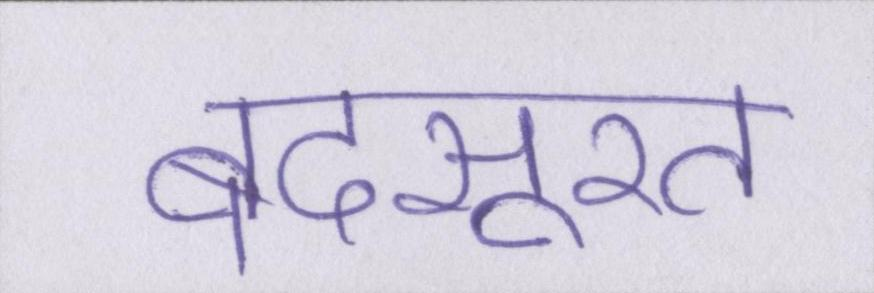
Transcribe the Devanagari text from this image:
बदसूरत